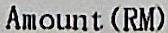
AMOUNT (RM)